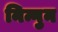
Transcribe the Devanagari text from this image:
निन्गुन